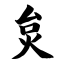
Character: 炱